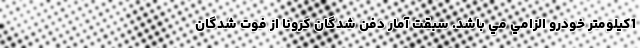
1كيلومتر خودرو الزامي مي باشد. سبقت آمار دفن شدگان کرونا از فوت شدگان